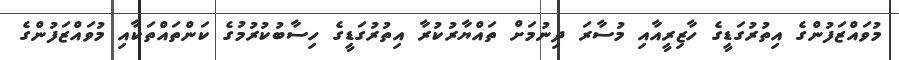
މުވައްޒަފުންގެ އިތުރުގަޑީގެ ހާޒިރީއާއި މުސާރަ ދިނުމަށް ތައްޔާރުކުރާ އިތުރުގަޑީގެ ހިސާބުކުރުމުގެ ކަންތައްތަކާއި މުވައްޒަފުންގެ